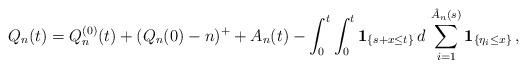
LaTeX: \begin{align*} Q_n(t)=Q_n^{(0)}(t)+(Q_n(0)-n)^++A_n(t)-\int_0^t\int_0^t \mathbf{1}_{\{s+x\le t\}}\,d\,\sum_{i=1}^{{{\hat A}_n}(s)}\mathbf{1}_{\{\eta_i\le x\}}\,,\end{align*}